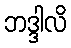
ဘဒ္ဒါလိ